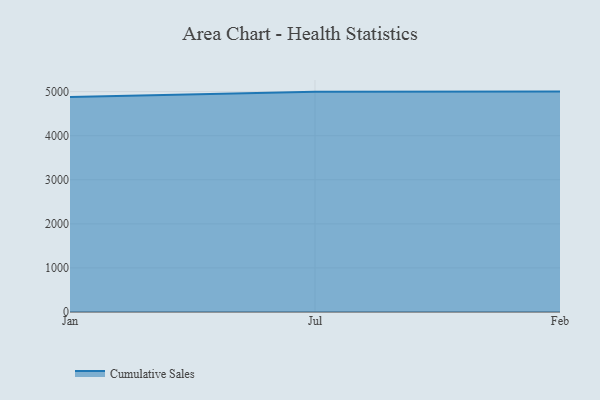
{"axis": {"x": "Month", "y": "Backlog"}, "legend": ["Cumulative Sales"], "data": [{"x": "Jan", "y": 4877.9, "type": "Cumulative Sales"}, {"x": "Jul", "y": 4994.9, "type": "Cumulative Sales"}, {"x": "Feb", "y": 5000, "type": "Cumulative Sales"}]}